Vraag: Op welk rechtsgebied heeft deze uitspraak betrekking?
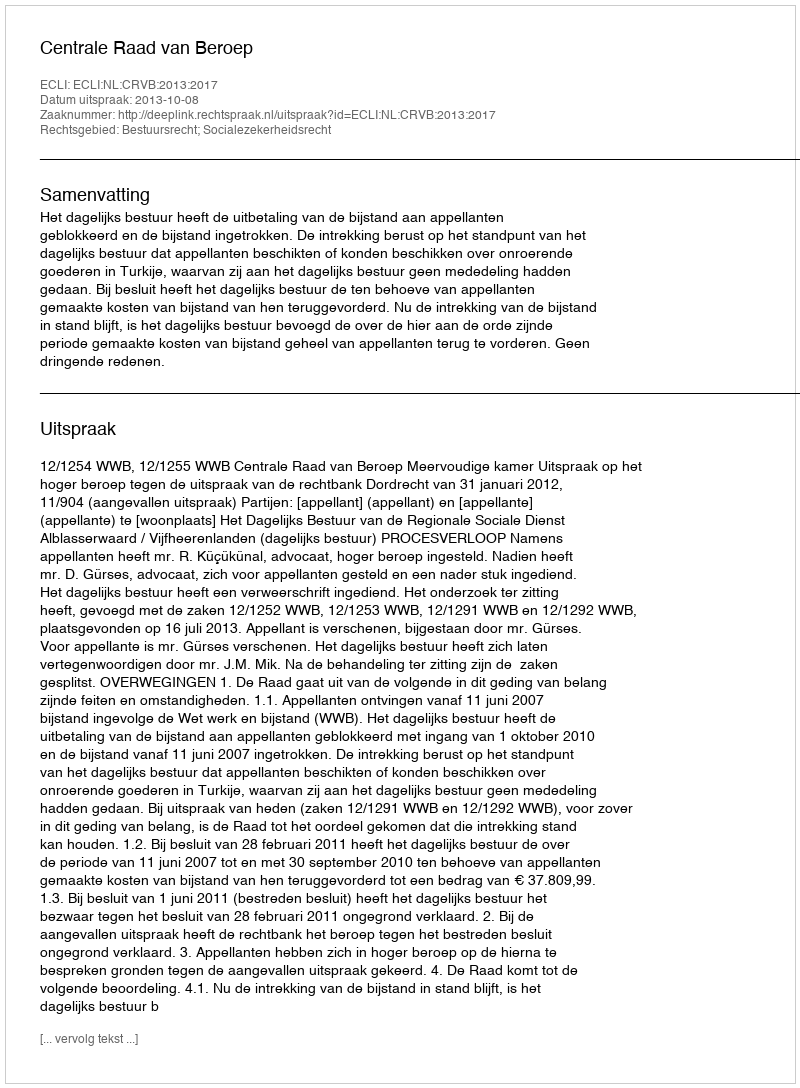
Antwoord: Bestuursrecht; Socialezekerheidsrecht